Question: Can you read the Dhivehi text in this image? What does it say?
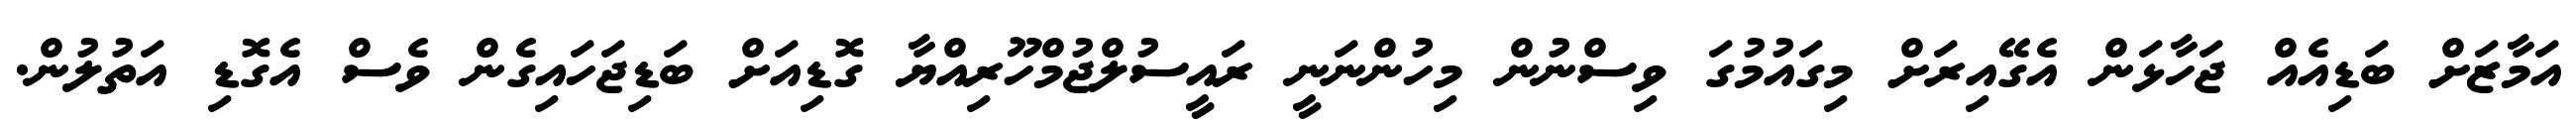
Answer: އަމާޒަށް ބަޑިއެއް ޖަހާޅަން އެގޭއިރަށް މިގައުމުގަ ވިސްނުން މިހުންނަނީ ރައީސުލްޖުމްހޫރިއްޔާ ގޮޑިއަށް ބަޑިޖަހައިގެން ވެސް އެގޮޑި އަތުލުން.